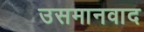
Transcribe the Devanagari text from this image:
उसमानवाद